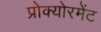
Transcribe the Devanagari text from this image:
प्रोक्योरमेंट